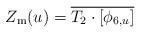
LaTeX: \begin{align*}Z_{\mathrm{m}}(u) = \overline{T_2 \cdot [\phi_{6,u}]}\end{align*}